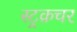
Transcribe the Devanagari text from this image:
स्ट्रक़चर